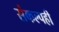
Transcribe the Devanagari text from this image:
संकल्पही